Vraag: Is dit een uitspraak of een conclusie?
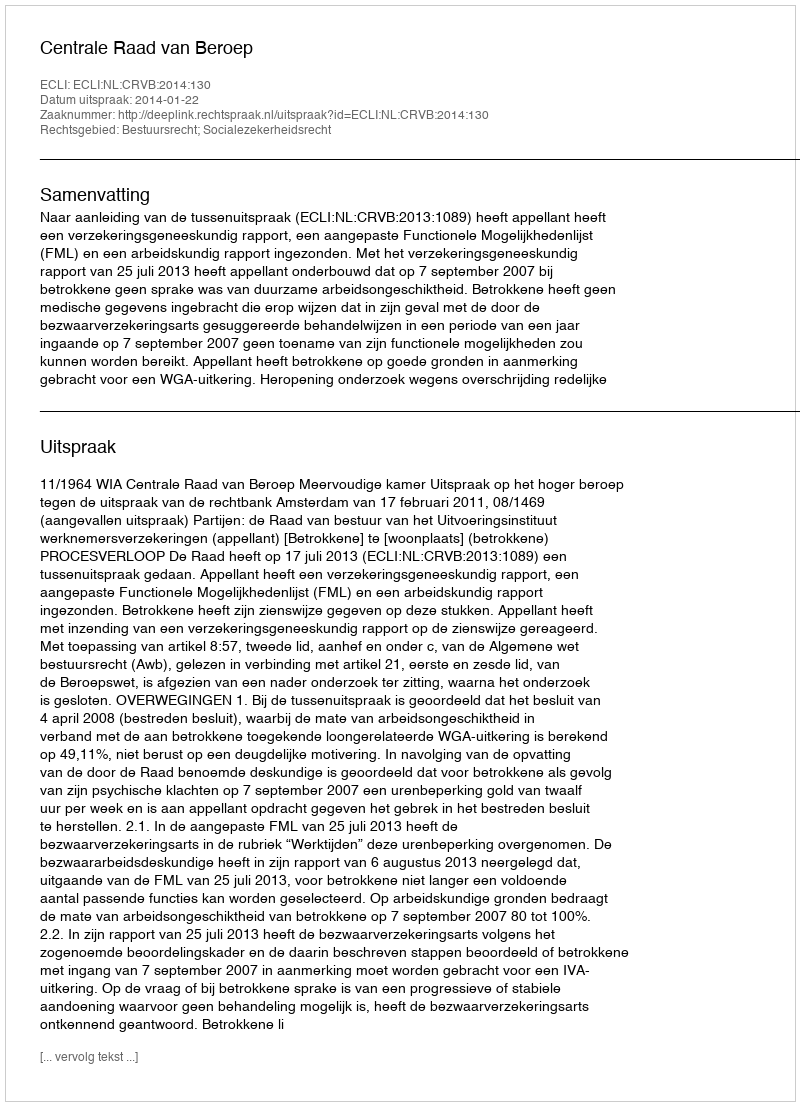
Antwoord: Uitspraak